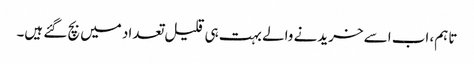
تاہم، اب اسے خریدنے والے بہت ہی قلیل تعداد میں بچ گئے ہیں۔